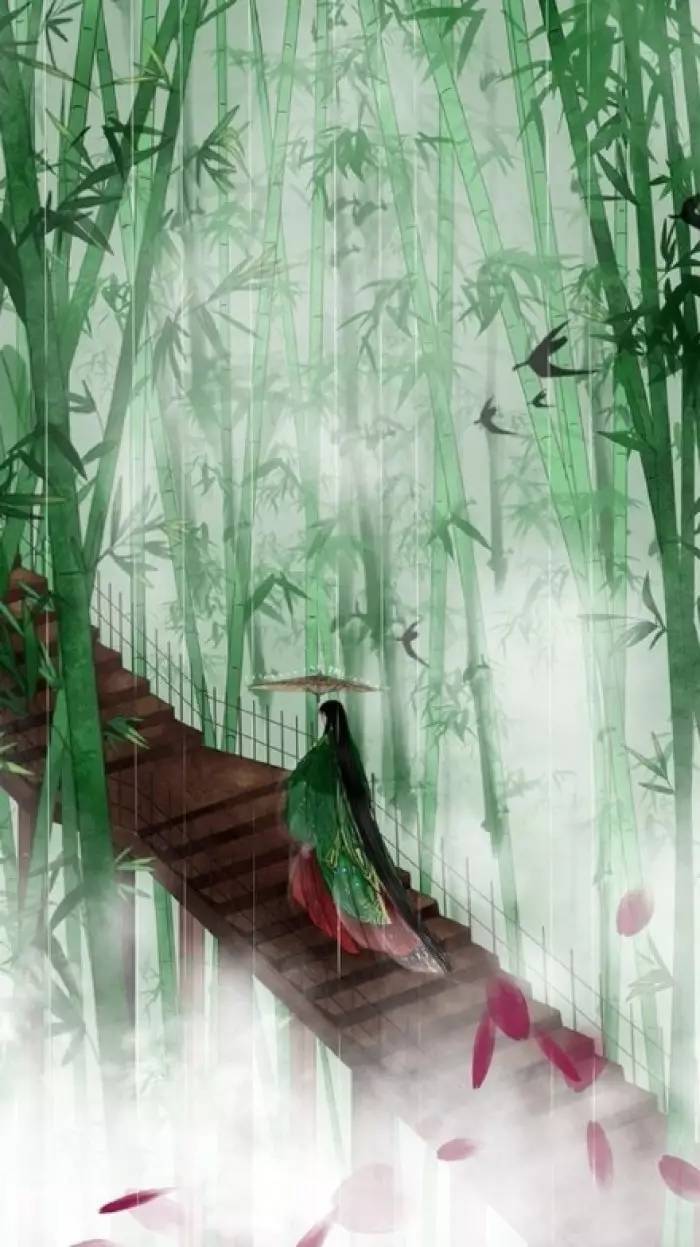
风雨端阳生晦冥，汨罗无处吊英灵。